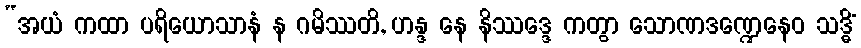
“အယံ ကထာ ပရိယောသာနံ န ဂမိဿတိ, ဟန္ဒ နေ နိဿဒ္ဒေ ကတွာ သောဏဒဏ္ဍေနေဝ သဒ္ဓိံ